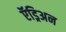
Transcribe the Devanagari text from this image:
ऍड्रिअन